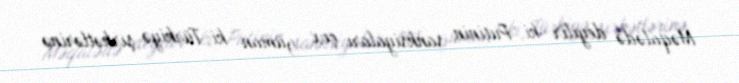
Məqalədə deyilir ki, Putinin sanksiyaları çox güman ki, Türkiyə şirkətlərinə